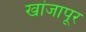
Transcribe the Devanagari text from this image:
खांजापूर